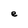
Character: e